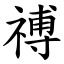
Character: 禣